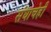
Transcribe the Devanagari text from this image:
संघाचेही